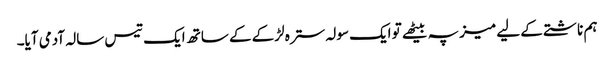
ہم ناشتے کے لیے میز پہ بیٹھے تو ایک سولہ سترہ لڑکے کے ساتھ ایک تیس سالہ آدمی آیا۔